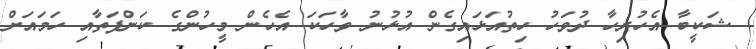
ޝަކީބާ އެހުރިހާ ދުވަހު ހިތުއަޅައިގެން އުޅުނު ވާހަކަ އެހެން މީހުންގެ ކަންފަތާއި ހަމައަށް